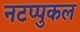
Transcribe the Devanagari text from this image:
नटप्पुकल